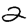
Digit: 2